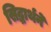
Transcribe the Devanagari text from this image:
सिद्धार्थने